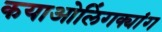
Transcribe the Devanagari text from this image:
कयाओलिंगक्यांग